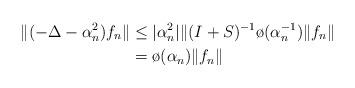
LaTeX: \begin{align*} \|(-\Delta-\alpha_n^2)f_n\|&\leq |\alpha_n^2|\|(I+S)^{-1}\o{}(\alpha_n^{-1})\|f_n\|\\&=\o{}(\alpha_n)\|f_n\|\end{align*}